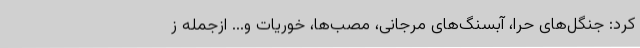
کرد: جنگل‌های حرا، آبسنگ‌های مرجانی، مصب‌ها، خوریات و... ازجمله ز